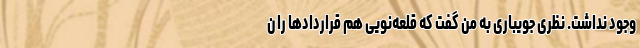
وجود نداشت. نظری جویباری به من گفت که قلعه‌نویی هم قراردادها را ن